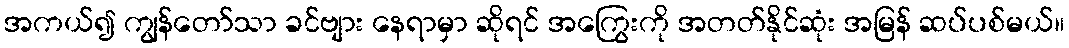
အကယ်၍ ကျွန်တော်သာ ခင်ဗျား နေရာမှာ ဆိုရင် အကြွေးကို အတတ်နိုင်ဆုံး အမြန် ဆပ်ပစ်မယ်။